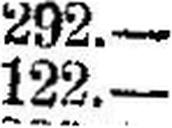
122.—